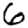
Digit: 6